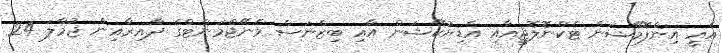
އެއީ އިންފޮމޭޝަން ޓެކްނޮލޮޖީއާއި އެޑިޔުކޭޝަން އާއި ބިޒްނަސް މެނޭޖްމަންޓްގެ ދާއިރާއިން ޖުމްލަ 24